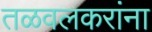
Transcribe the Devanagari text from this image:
तळवलकरांना